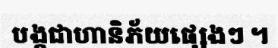
បង្កជាហានិភ័យផ្សេងៗ ។